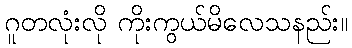
ဂူတလုံးလို ကိုးကွယ်မိလေသနည်း။